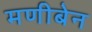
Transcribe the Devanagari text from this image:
मणीबेन